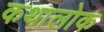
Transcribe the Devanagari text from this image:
कथालोक